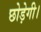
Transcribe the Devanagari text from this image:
छोड़ेगी।